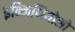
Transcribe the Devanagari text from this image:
इन्जिनियोसो